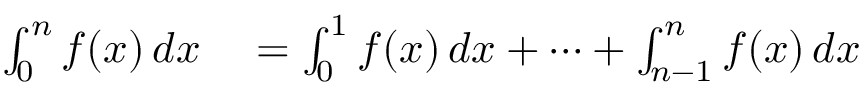
\begin{array} { r l } { \int _ { 0 } ^ { n } f ( x ) \, d x } & { { } = \int _ { 0 } ^ { 1 } f ( x ) \, d x + \dotsb + \int _ { n - 1 } ^ { n } f ( x ) \, d x } \end{array}